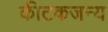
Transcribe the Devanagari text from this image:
कीटकजन्य